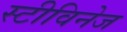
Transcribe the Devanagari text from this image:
स्टीविनेज